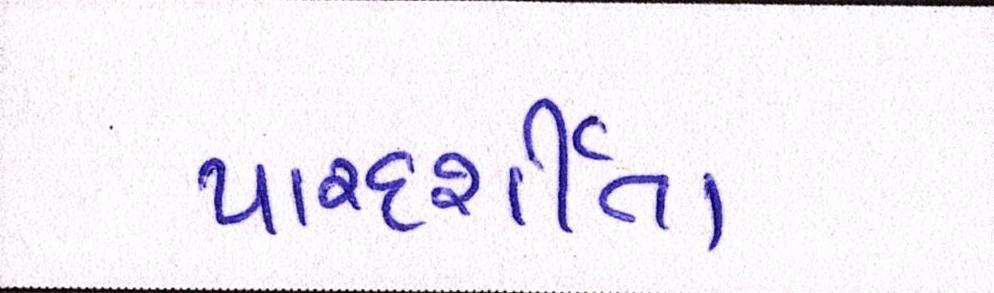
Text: પારદર્શીતા